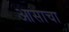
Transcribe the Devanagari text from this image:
आसाचा